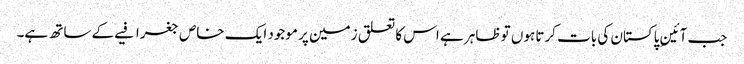
جب آئینِ پاکستان کی بات کرتا ہوں تو ظاہر ہے اس کا تعلق زمین پر موجود ایک خاص جغرافیے کے ساتھ ہے۔